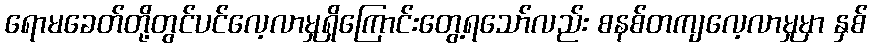
ရောမခေတ်တို့တွင်ပင်လေ့လာမှုရှိကြောင်းတွေ့ရသော်လည်း စနစ်တကျလေ့လာမှုမှာ နှစ်